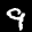
Label: 9